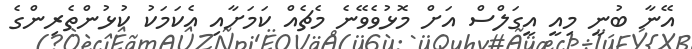
އޭނާ ބުނީ މިއީ އީގަލްސް އަށް މޮޅުވެވޭނެ މެޗެއް ކަމަށާއި އެކަމަކު ކުޅުންތެރިންގެ